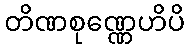
တိဏစုဏ္ဏေဟိပိ